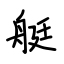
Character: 艇